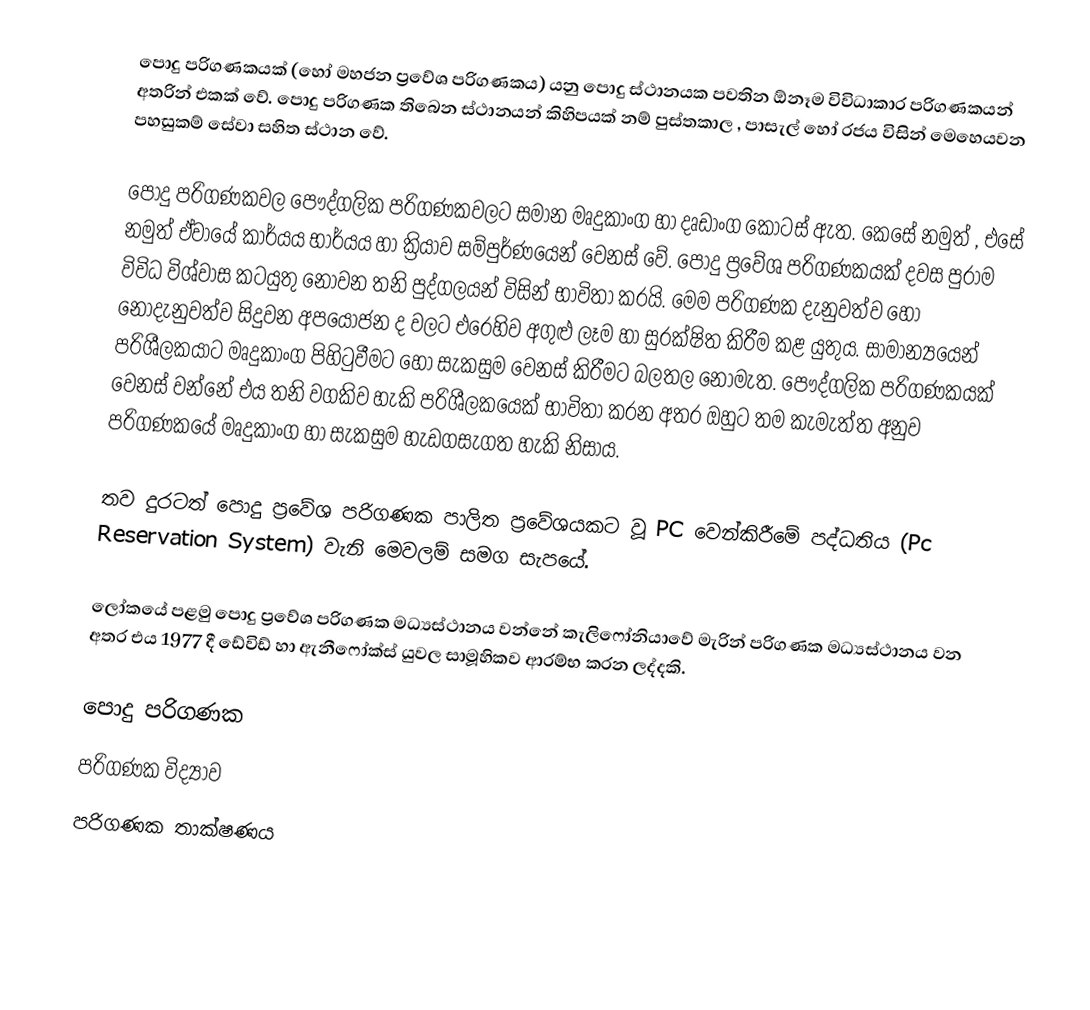
පොදු පරිගණකයක් (හෝ මහජන ප්‍රවේශ පරිගණකය) යනු පොදු ස්ථානයක පවතින ඕනෑම විවිධාකාර පරිගණකයන් අතරින් එකක් වේ. පොදු පරිගණක තිබෙන ස්ථානයන් කිහිපයක් නම් පුස්තකාල , පාසැල් හෝ රජය විසින් මෙහෙයවන පහසුකම් සේවා සහිත ස්ථාන වේ.

පොදු පරිගණකවල පෞද්ගලික පරිගණකවලට සමාන මෘදුකාංග හා දෘඩාංග කොටස් ඇත. කෙසේ නමුත් , එසේ නමුත් ඒවායේ කාර්යය භාර්යය හා ක්‍රියාව සම්පුර්ණයෙන් වෙනස් වේ. පොදු ප්‍රවේශ පරිගණකයක් දවස පුරාම විවිධ විශ්වාස කටයුතු නොවන තනි පුද්ගලයන් විසින් භාවිතා කරයි. මෙම පරිගණක දැනුවත්ව හෝ නොදැනුවත්ව සිදුවන අපයෝජන ද වලට එරෙහිව අගුළු ලෑම හා සුරක්ෂිත කිරීම කළ යුතුය. සාමාන්‍යයෙන් පරිශීලකයාට මෘදුකාංග පිහිටුවීමට හෝ සැකසුම වෙනස් කිරීමට බලතල නොමැත. පෞද්ගලික පරිගණකයක් වෙනස් වන්නේ එය තනි වගකිව හැකි පරිශීලකයෙක් භාවිතා කරන අතර ඔහුට තම කැමැත්ත අනුව පරිගණකයේ මෘදුකාංග හා සැකසුම හැඩගසැගත හැකි නිසාය.

තව දුරටත් පොදු ප්‍රවේශ පරිගණක පාලිත ප්‍රවේශයකට වූ PC වෙන්කිරීමේ පද්ධතිය (Pc Reservation System) වැනි මෙවලම් සමග සැපයේ.

‍ලෝකයේ පළමු පොදු ප්‍රවේශ පරිගණක මධ්‍යස්ථානය වන්නේ කැලිෆෝනියාවේ මැරින් පරිගණක මධ්‍යස්ථානය වන අතර එය 1977 දී ඩේවිඩ් හා ඇනීෆෝක්ස් යුවල සාමූහිකව ආරම්භ කරන ලද්දකි.

පොදු පරිගණක
පරිගණක විද්‍යාව
පරිගණක තාක්ෂණය